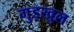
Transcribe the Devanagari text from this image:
गुड़खुल